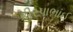
કીરપાભાઈ